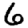
Digit: 6